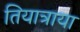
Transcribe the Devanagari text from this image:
तियात्राया